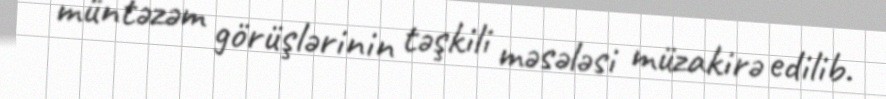
müntəzəm görüşlərinin təşkili məsələsi müzakirə edilib.